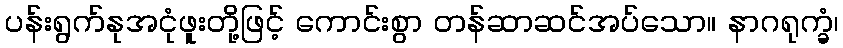
ပန်းရွက်နုအငုံဖူးတို့ဖြင့် ကောင်းစွာ တန်ဆာဆင်အပ်သော။ နာဂရုက္ခံ၊